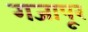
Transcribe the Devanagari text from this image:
गजापूर